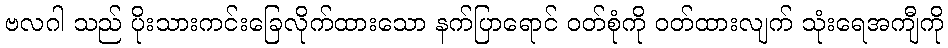
ဗလဂါ သည် ပိုးသားကင်းခြေလိုက်ထားသော နက်ပြာရောင် ဝတ်စုံကို ဝတ်ထားလျက် သုံးရေအကျီကို